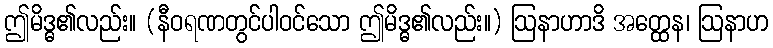
ဤမိဒ္ဓ၏လည်း။ (နီဝရဏတွင်ပါဝင်သော ဤမိဒ္ဓ၏လည်း။) ဩနာဟာဒိ အတ္ထေန၊ ဩနာဟ